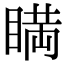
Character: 𥈞